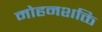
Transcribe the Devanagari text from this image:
मोहनशक्ति